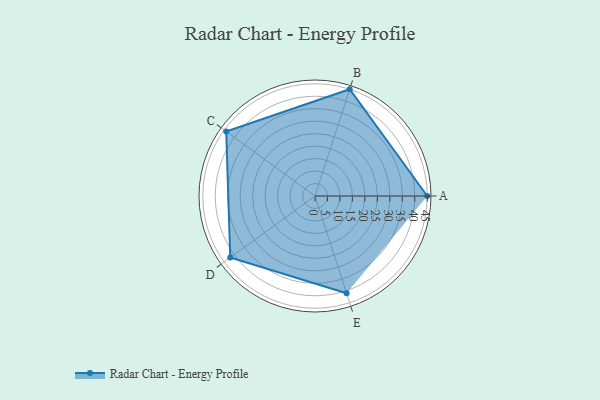
{"axis": {"x": "Skill", "y": "Score"}, "legend": ["Profile"], "data": [{"x": "A", "y": 45.0, "type": "Profile"}, {"x": "B", "y": 45.0, "type": "Profile"}, {"x": "C", "y": 44.0, "type": "Profile"}, {"x": "D", "y": 42.0, "type": "Profile"}, {"x": "E", "y": 41.0, "type": "Profile"}]}